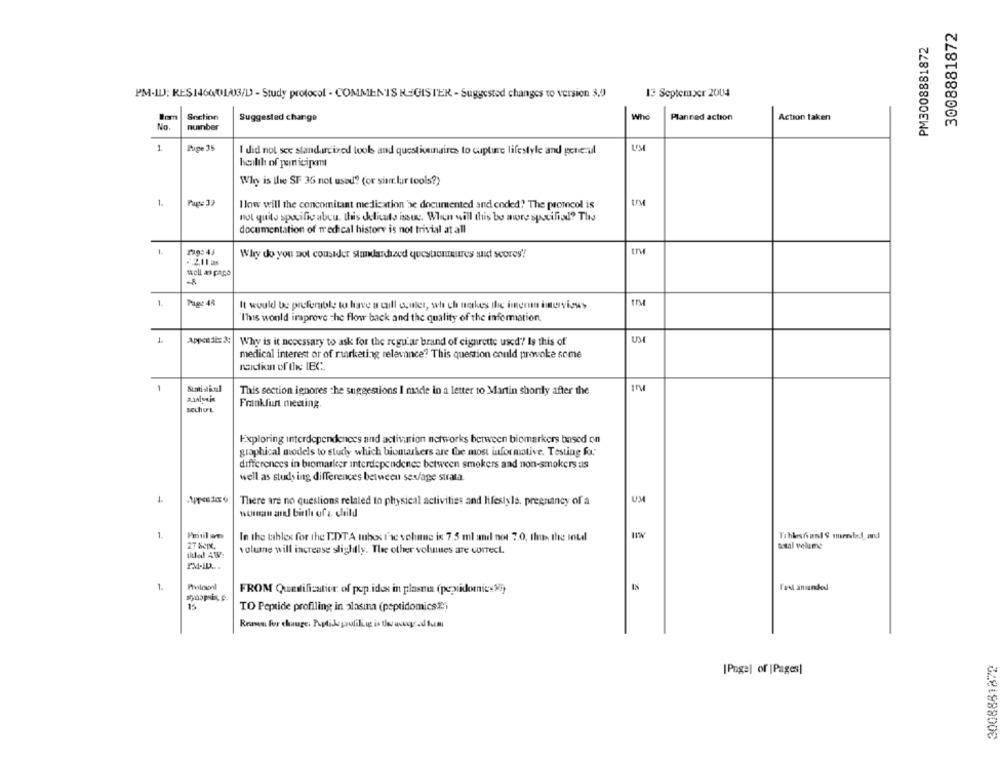
3008881872
PM3008881872
PM-ILJ; RES1460013/D - Study protocol - COMMENTS REGISTER - Suggested changes to version 3,0
13 September 2004
Snctinn
Who
Suggested change
Planned action
Action taken
No.
number
1
Puge 35
I did not see standardized tools and questiceinaires to capture lifestyle and general
UM
Icilth of pen icipent
Why is the SF 36 not used? (or sin lur tools?)
1.
I low will the concomitant medication be documented and coded? The protocol is
not quite specific abeu. this delicate issus. When will this bo awry specified? The
documentation of medical history is not trivial at all
1.
Why do you not consider standardraed questomures and scores'?
well an pape
1.
Page 48
It would be preferable to have a call center, wh ch notkes the imerun imerviews
"This would improve the flow back and the quality of the information
Appce die 3:
Why is it necessary to ask for the regu'ar brand of cigarette used? Is this of
UM
medical interest or of murketing relevance? This question could provoke some
raidkm of de IEC.
1
Sunti stical
This section ignores the suggestions I made in a letter to Martin shortly after the
azlyis
Frankfun meaing
Exploring interdependences and activation networks between biomarkers based on
graphical models to study which biomakers are the most informative. Testing fo."
differences in biomarker interdependence between smokers and non-smokers as
well as study ing differences between sex/age strata.
1
There are no questions related to physical activities and lifestyle, pregnancy of a
UM
woman and birth of a child
1.
Pmill an
In the tables for the EDTA mbos l'ac vehune is 7.5 ml andl not 7.0, thus, the intal
TihleshandS mmended, and
volume will increase slightly. The other volues are correct.
total volume
tiled AW:
PM-ID ...
1
FROM Quesification of pop.idos in plasma (peptidomnicos)
15
TO Peptide profiling in alasına (peptidomics?)
3008881872
[Page] of |Pages|